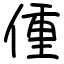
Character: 偅